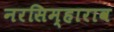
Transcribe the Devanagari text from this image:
नरसिम्हाराव